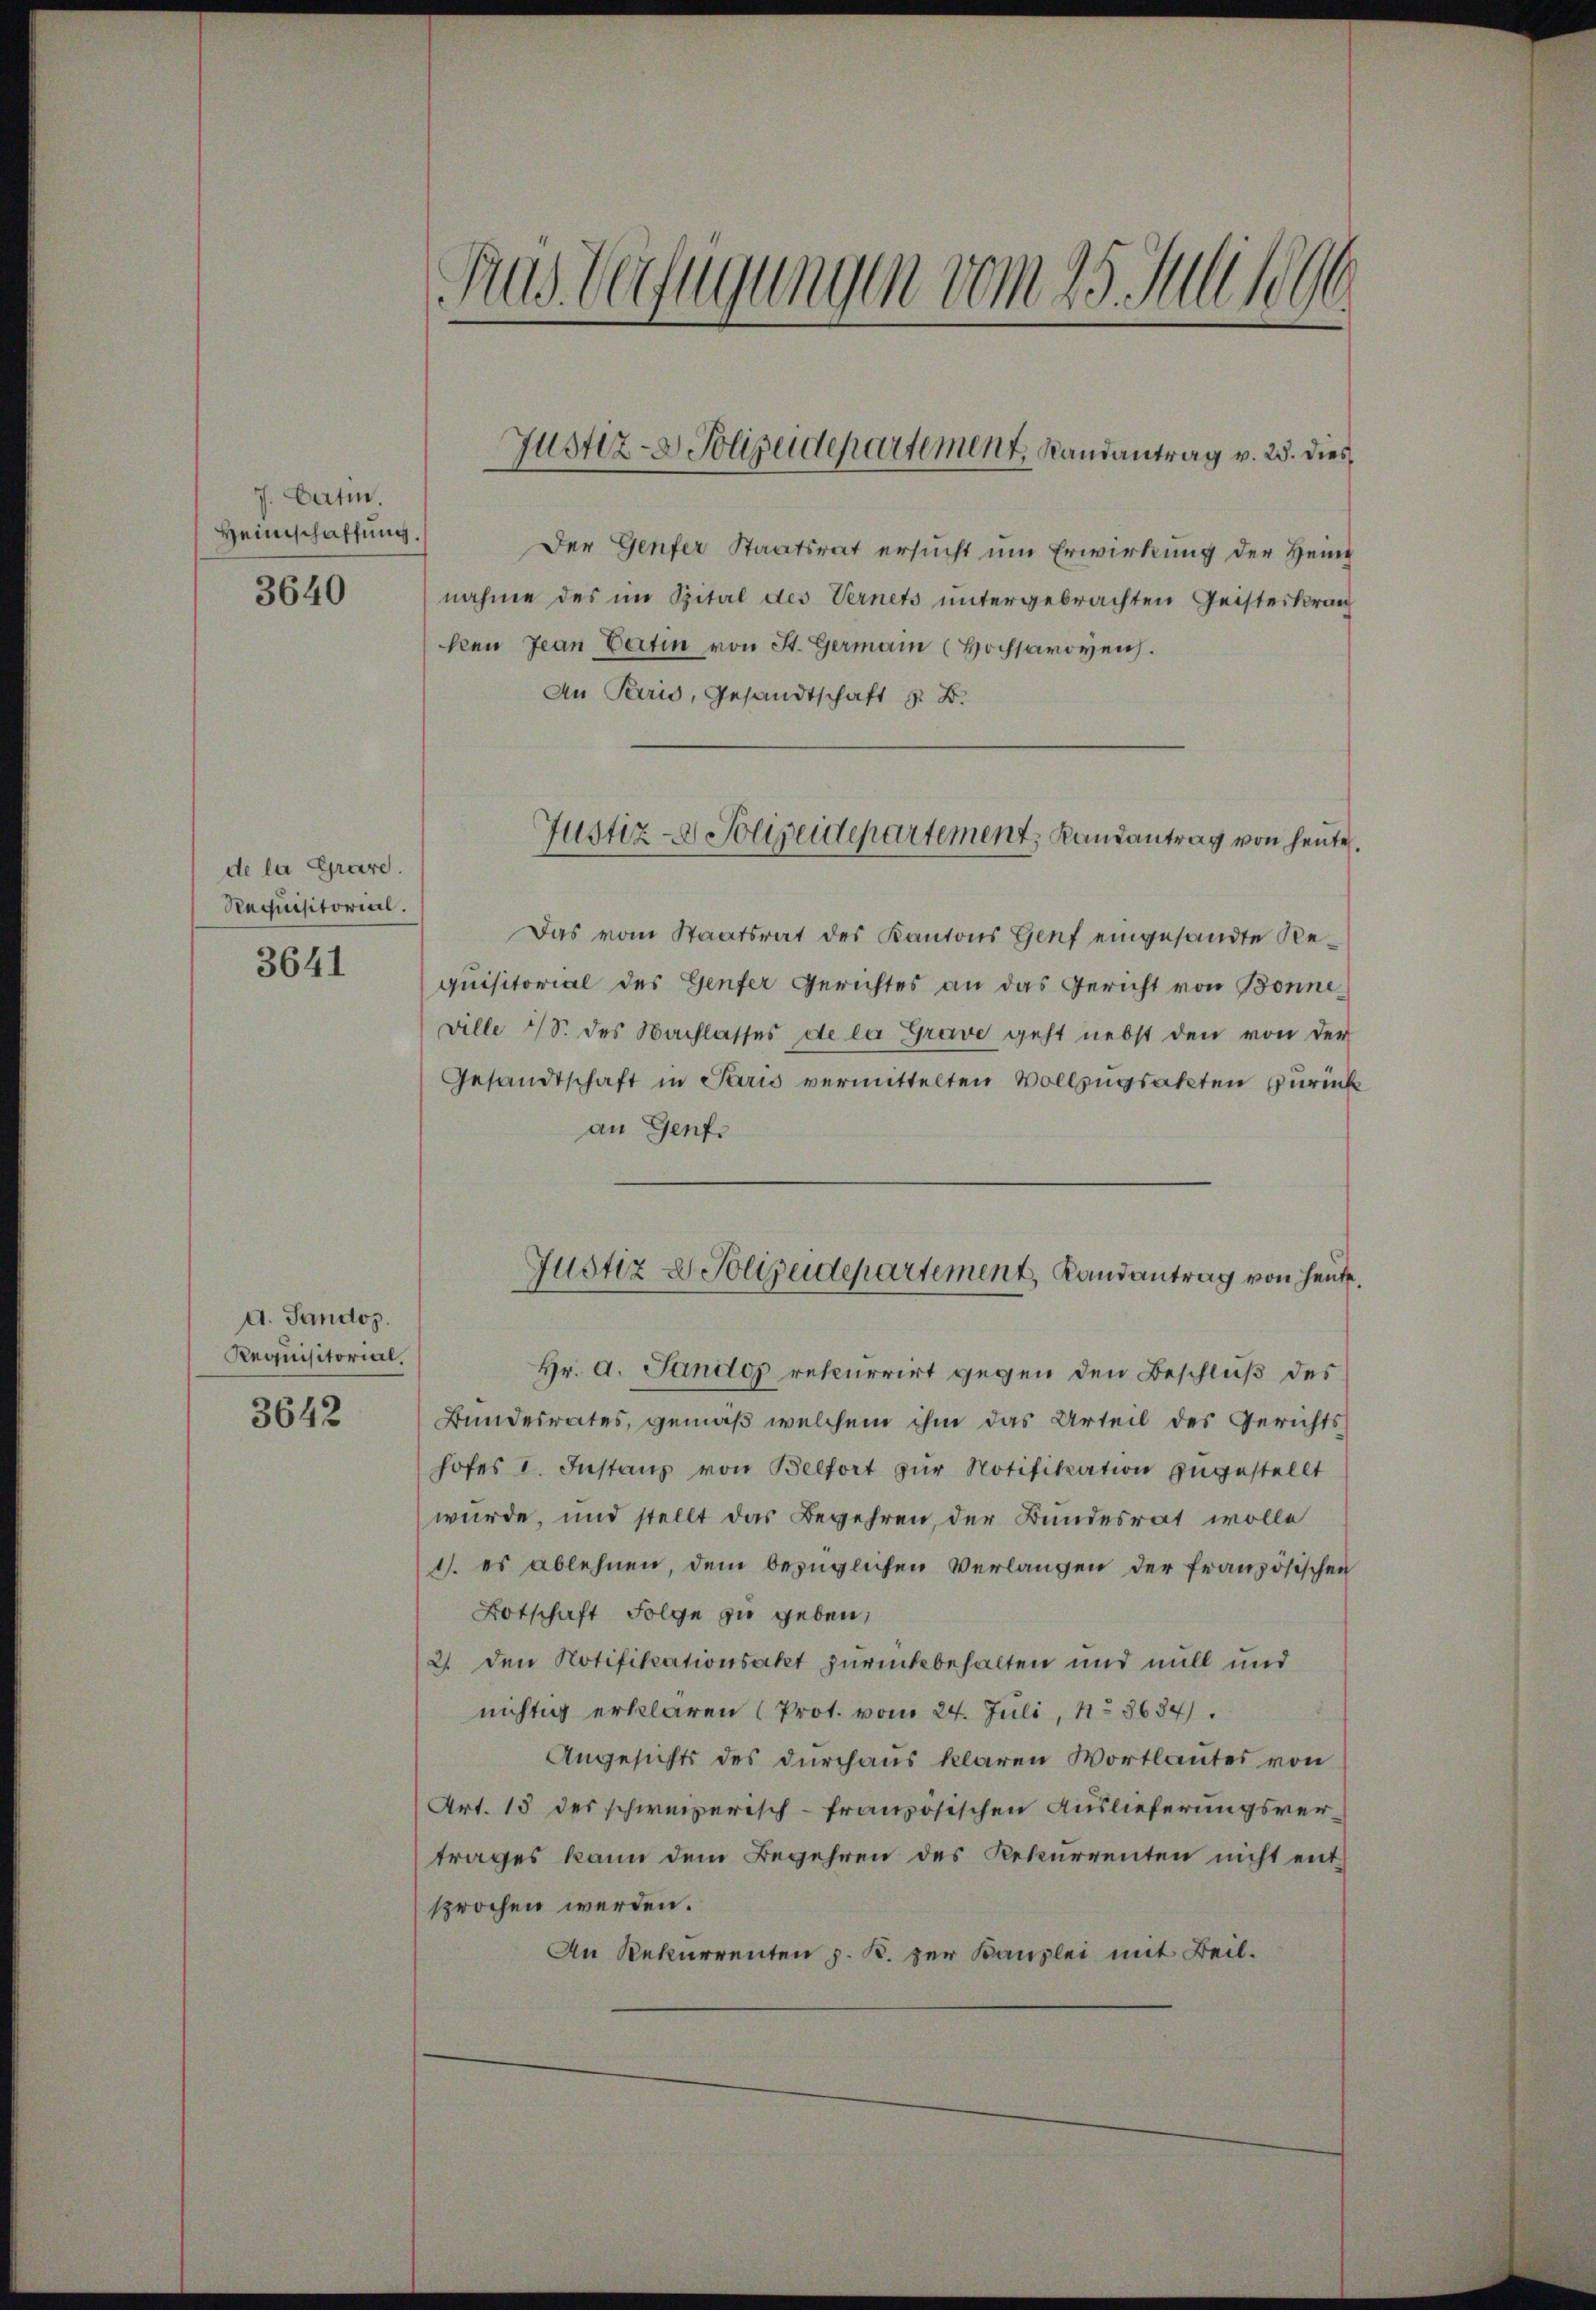
7. Partin.
Heimschaffung.
3640

de la Grare.
Requisitorial.

3641

d. Sandos.
Requisitorial.

3642

Aus Verfügungen vom 25. Juli 1890

Der Genfer Staatsrat ersucht um Erwirkung der Hein
nahme des im Spital des Vernets untergebrachten Geisteskran
ken Jean Certin von St. Germann (Hochsavoyen.
An Paris, Gesandtschaft z. B.
Das vom Staatsrat des Kantons Genf eingesandte Requisitorial des Genfer Gerichtes an das Gericht von Bonneville 18. des Nachlasses de la Grave geht nebst den von der
Gesandtschaft in Paris vermittelten Vollzugsakten zurück
an Genf.
Justiz & Polizeidepartement, Landantrag von heute.
Hr. A. Landos rekurrirt gegen den Beschluß des
Bundesrates, gemäß welchem ihm das Urteil des Gerichts-
hofes I. Instanz von Belfort zur Notifikation zugestellt
würde, und stellt das Begehren, der Bundesrat wolle
1. es ablehnen, dem bezüglichen Verlangen der französischen
Botschaft Folge zu geben,
2. den Notifikationsakt zurückbehalten und mill und
nichtig erklären (Prot. vom 24. Juli, No 8634).
Angesichts des durchaus klaren Wortlautes von
Art. 15 des schweizerisch-französischen Auslieferungsvertrages kann dem Begehren des Rekurrenten nicht entsprochen werden.
An Rekurrenten z. K. zur Kanzlei mit Beil.

Justiz- & Polizeidepartement, Randantrag v. 25. dies

Justiz- & Polizeidepartement, Randantrag von heute.